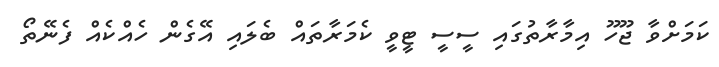
ކަމަށްވާ ޖޫހޫ އިމާރާތުގައި ސީސީ ޓީވީ ކެމަރާތައް ބެލައި އޭގެން ހެއްކެއް ފެނޭތޯ